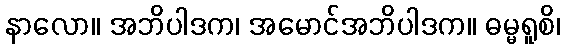
နာလော။ အဘိပါဒက၊ အမောင်အဘိပါဒက။ ဓမ္မရူစိ၊